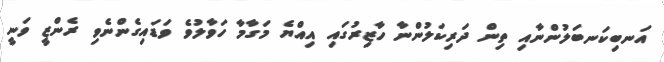
އަނބިކަނބަލުންނާއި ތިން ދަރިކަލުންނާ ހާޒިރުގައި އިއްޔެ މަގާމާ ހަވާލުވެ ވަޑައިގެންނެވި ރެންޒީ ވަނީ